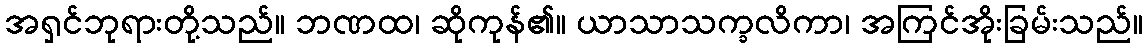
အရှင်ဘုရားတို့သည်။ ဘဏထ၊ ဆိုကုန်၏။ ယာသာသက္ခလိကာ၊ အကြင်အိုးခြမ်းသည်။